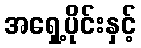
အရှေ့ပိုင်းနှင့်